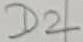
Text: D2